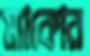
ম্যাকোর